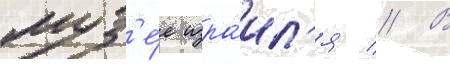
муз'е́е изра́ил'я // В